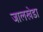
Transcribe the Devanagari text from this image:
जालखेडा